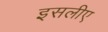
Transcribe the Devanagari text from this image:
इसलीए